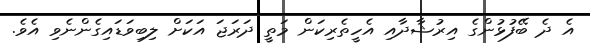
އެ ދެ ބޭފުޅުންގެ އިރުޝާދާއި އެހީތެރިކަން މަތީ ދަރަޖަ އަކަށް ލިބިވަޑައިގެންނެވި އެވެ.